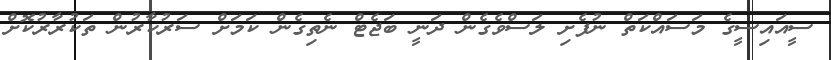
ސީއައިސީގެ މަސައްކަތް ނުފެށި ލަސްވެގެން ދަނީ ބަޖެޓް ނެތިގެން ކަމަށް ސަރުކާރުން ތަކުރާރުކޮށް